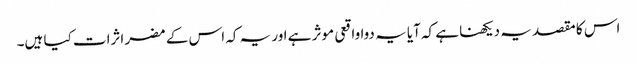
اس کا مقصد یہ دیکھنا ہے کہ آیا یہ دوا واقعی موثر ہے اور یہ کہ اس کے مضر اثرات کیا ہیں۔